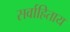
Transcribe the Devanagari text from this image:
सर्वाहिताय